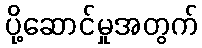
ပို့ဆောင်မှုအတွက်